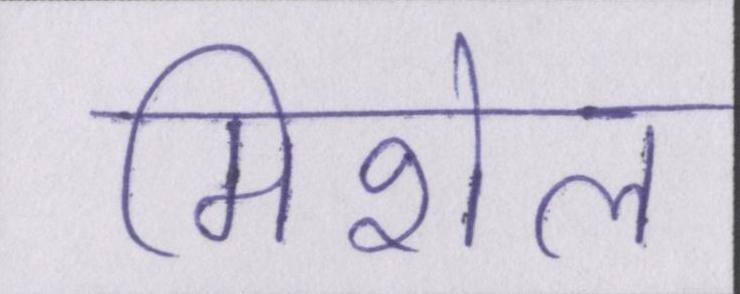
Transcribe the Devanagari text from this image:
मिशेल